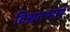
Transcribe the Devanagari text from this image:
विद्यतभार